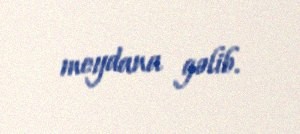
meydana gəlib.